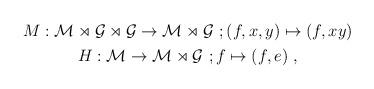
LaTeX: \begin{align*}\begin{gathered}M:\mathcal M\rtimes\mathcal G\rtimes\mathcal G\to\mathcal M\rtimes\mathcal G\ ;(f,x,y)\mapsto (f,xy) \\H:\mathcal M\to\mathcal M\rtimes\mathcal G\ ;f \mapsto (f,e)\ ,\end{gathered}\end{align*}